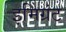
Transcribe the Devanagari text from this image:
इमिग्रंट